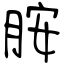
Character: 胺